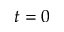
t = 0